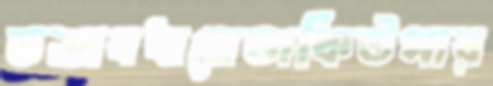
তত্তাবধানেডাকিউপার